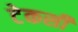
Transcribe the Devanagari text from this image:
टेकसी